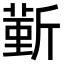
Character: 𣂼